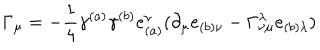
\Gamma _ { \mu } = - \frac { 1 } { 4 } \gamma ^ { ( a ) } \gamma ^ { ( b ) } e _ { ( a ) } ^ { \nu } ( \partial _ { \mu } e _ { ( b ) \nu } - \Gamma _ { \nu \mu } ^ { \lambda } e _ { ( b ) \lambda } )